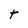
Character: t